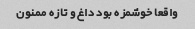
واقعا خوشمزه بود داغ و تازه ممنون